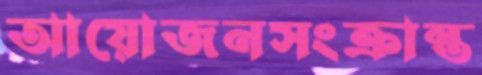
আয়োজনসংক্রান্ত